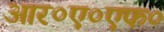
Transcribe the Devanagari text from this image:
आर०ए०एफ०